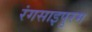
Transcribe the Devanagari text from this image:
रंगसाइपुरम